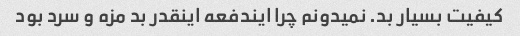
کیفیت بسیار بد. نمیدونم چرا ایندفعه اینقدر بد مزه و سرد بود